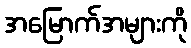
အမြောက်အများကို